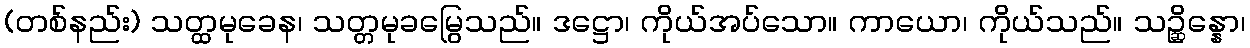
(တစ်နည်း) သတ္ထမုခေန၊ သတ္တမုခမြွေသည်။ ဒဋ္ဌော၊ ကိုယ်အပ်သော။ ကာယော၊ ကိုယ်သည်။ သဉ္ဆိန္နော၊